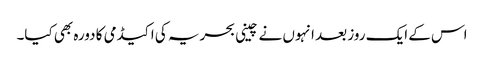
اس کے ایک روز بعد انہوں نے چینی بحریہ کی اکیڈمی کا دورہ بھی کیا۔